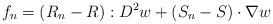
\begin{align*}f_{n}=(R_{n}-R):D^{2}w+(S_{n}-S)\cdot\nabla w\,\end{align*}